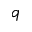
q